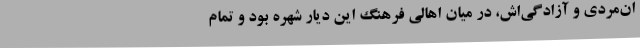
ان‌مردی و آزادگی‌اش، در میان اهالی فرهنگ این دیار شهره بود و تمام